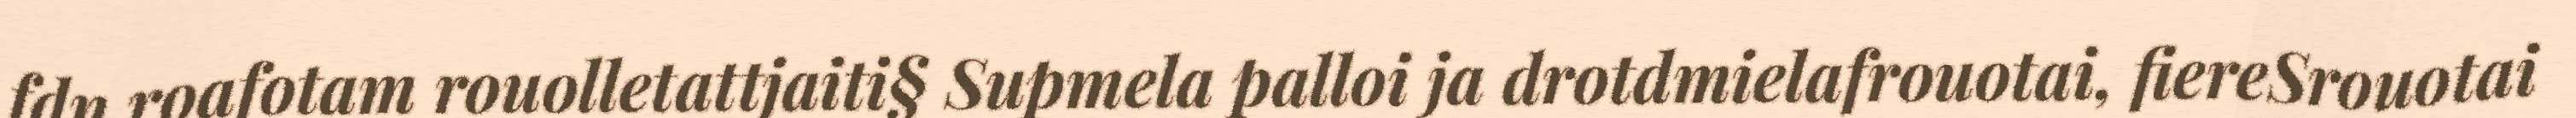
fdn roafotam rouolletattjaiti§ Supmela palloi ja drotdmielafrouotai, fiereSrouotai